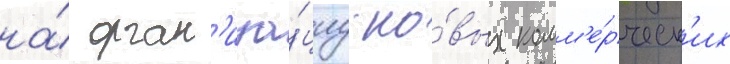
на́ орган'иза́циу но́вых комм'е́рческ'их